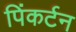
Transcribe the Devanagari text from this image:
पिंकर्टन